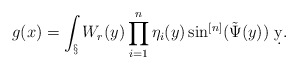
\begin{align*}g(x) = \int_\S W_r(y)\prod_{i=1}^n\eta_i(y)\sin^{[n]}(\tilde \Psi(y))\ \d y.\end{align*}